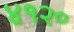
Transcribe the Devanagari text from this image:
४१२०